Vital statistics of India. Vol. V, Reports of 1876 on armies & jails and on epidemic cholera
Year: 1876
Disease focus: Cholera
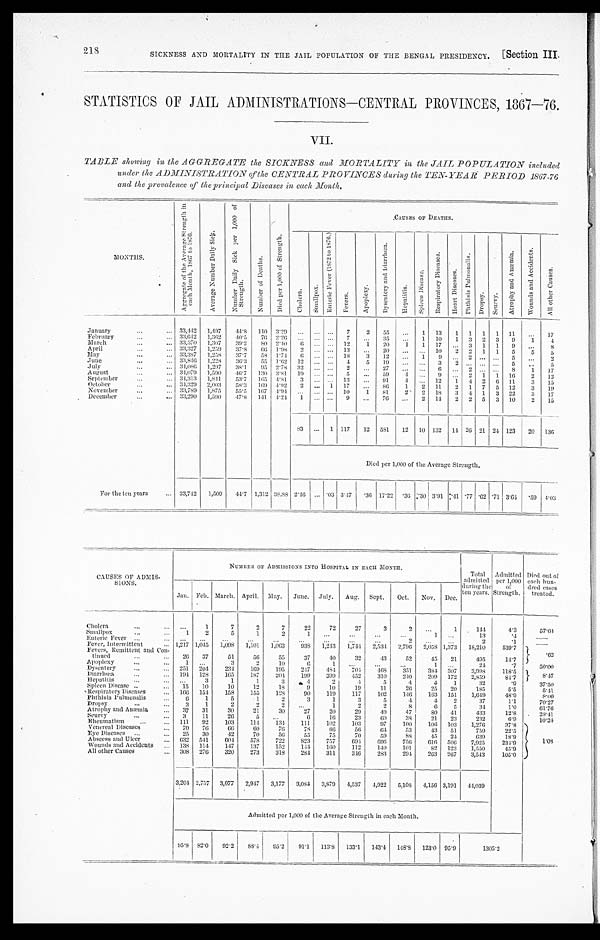
SICKNESS AND MORTALITY IN THE JAIL POPULATION OF THE BENGAL PRESIDENCY.
[Section III.
STATISTICS OF JAIL ADMINISTRATIONS—CENTRAL PROVINCES, 1867-76.
VII.
TABLE showing in the AGGREGATE the SICKNESS and MORTALITY in the JAIL POPULATION included
under the ADMINISTRATION- of the CENTRAL PROVINCES during the TEN- YEAR PERIOD 1867-76
and the prevalence of the principal Diseases in each Month,
MONTHS.
A g g r e g a t e o f t h e A v e r a g e S t r e n g t h i n e a c h M o n t h , 1 8 6 7 t o 1 8 7 6 .
A v e r a g e N u m b e r D a i l y S i c k .
N u m b e r D a i l y S i c k p e r 1 , 0 0 0 o f S t r e n g t h .
N u m b e r o f D e a t h s .
D i e d p e r 1 , 0 0 0 o f S t e r n g t h .
CAUSES OF DEATHS.
C h o l e r a .
S ma l l p o x .
E n t e r i c F e v e r ( 1 8 7 2 t o 1 8 7 6 )
F e v e r s .
A p o p l e x y .
D y s e n t e r y a n d L i a r r h œ a .
H e p a t i t i s .
S p l e e n D i s e a s e s .
R e s p i r a t o r y D i s e a s e s .
H e a r t D i s e a s e s . P h t h i s i s P u l m o n a l i s .
D r o p s y .
S c u r v y .
A t r o p h y a n d A n æ m i a .
W o u n d s a n d A c c i d e n t s .
A l l o t h e r C a u s e s .
January
...
... 33,442 1,497
4 4 . 8 110 3.29 ... ...
...
7
2
55
...
1 13
1 1 1 1 11
...
17
February
... ...
33,642 1,362
40.5
76 2.26
...
... ...
7
...
35
...
1 10
1 3 2 3
9
1
4
March
...
... 33,370 1,307
39.2
80 2.40
6
... ... 12
1
20
1
1 17 ... 3 1 1
9
...
8
April
...
... 33,327 1,259
37.8
66 1.98
2
...
... 13
...
20
...
... 10
2 2 1 1
5
5
5
May
...
... 33,387 1,258
37.7
58 1.74
6 ...
...
1 8
3
12
...
1
9
...
2
... ...
5
...
2
June
...
...
33,846 1,228
36.3
55 1.62 12
... ...
4
5
19
...
...
3
2
... ... ...
5
...
5
July
... ...
34,086
1,297
38.1
9 5 2.78
3 2 ...
...
2
...
27
... ...
6
...
2
... ...
8
1
17
August
...
... 34,079
1,500
46.7 130 3.81 19
...
...
5
...
59
4
...
9 ... 2 1 1 16
2
12
September
... ...
34,313 1,841
53.7 165 4.81
3
... ...
13
...
91
4 ... 12
1 4 2
6 11
3
15
October
... ...
34,329 2,003
58.3
1 6 9 4.92
2 ... 1
17
...
86
1
2 11
2 1 7 5 12
3
19
November
...
...
33,789 1,875
55.5
1 6 7 4.94 ...
...
... 10
1
81
2
2
18
3
4 1 3 22
3
17
December
... ...
33,290 1,590
47.8
141 4.24
1
... ...
9 ...
76
...
2 14
2 2 5 3 10
2
15
83 ... 1 117
12 581
12 10 132 14 26 21 24 123
20 136
Died per 1,000 of the Average Strength.
For the ten years
...
33,742
1,509
4 4 . 7 1,312 38.88 2.46 ... .03 3.47
. 3 6 17.22
. 36 .30 3.91 .41 .77 .62 .71 3.64 .59 4.03
CAUSES OF ADMIS--
SIONS.
NUMBER OF ADMISSIONS INTO HOSPITAL IN EACH MONTH.
Total
admitted
during the
ten years.
Admitted
per 1,000
of
Strength,
Died nut of
each hun-
dred eases
treated.
Jan. Feb. March. April.
May.
June.
July.
Aug.
Sept.
Oct.
Nov.
Dec.
Cholera.
... ...
...
1
7
2
7
22
72
27
3
2
...
1
1 4 4
4 . 3
57.64
Smallpox
... ...
1
2
5
1
2
1
...
...
...
...
1
...
13
.4
... ...
Enteric Fever...
... ...
...
...
...
...
...
...
...
...
2
...
...
2
. 1
... ...
Fever, Intermitten t
...
...
1,217 1,045
1,098
1,101
1,063
938 1,243
1,744
2,534 2,796
2,058 1,373
18,210
539.7
. 6 2
Fevers, Remittent and con-
tinned
...
...
26
37
51
56
55
37
40
32
43
52
45
21
495
14.7
Apoplexy
... ...
1
...
3
2
10
6
1
...
...
...
1
...
24
.7
50.00
Dysentery
...
... 251 204
234
169
195
247
484
704
468
351
384 307
3,998
118.5
8.47
Diarrhœa
...
... 194 128
1 6 5
187
2 0 4 199
399
452
310
240
209
172
2,859
84.7
Hepatitis
...
... ...
3
1
1
3
4
2
4
5
4
4
1
32
.9
37.50
Spleen Disease
...
...
15
10
10
12
18
9
10
19
11
26
25
20
185
5.5
5.41
Respiratory Diseases
... 166 154
158
155
128
90
119
117
102
146
163 151
1,649
48.9
8.00
Phthisis Pulmonalis
...
6
1
5
1
2
3
1
3
5
4
4
2
37
1.1
70.27
Dropsy
...
...
3
1
2
2
2
...
1
2
2
8
6
5
34
1 . 0
6 1 . 7 6
Atrophy and Anæmia
...
37
31
30
21
30
27
20
29
40
47
8 0 41
433
1 2 . 8
.
2 8 . 4 1
Scurvy
...
...
3
11
26
5
...
6
16
23
60
38
21
23
232
6.9
10.34
Rheumatism
...
... 111
92
103
114
134
111
102
103
97
100
106 103
1,276
37.8
1.08
Venereal Diseases
...
70
76
6 6
60
76
78
66
56
6 4
53
43 51
759
22.5
Eye Diseases ...
...
25
30
4 2
70
56
55
75
70
59
88
45
24
639
18.9
Abscess and Ulcer
...
6 3 2 541
604
578
722
823
757
694
696
756
616 506
7,925
2 3 4 . 9
Wounds and Accidents
138 114
147
137
152
144
160
112
140
101
82 123
1,550
45.9
All other Causes
... 308 276
320
273
318
284
311
346
283
294
263 267
3,543
105.0
3,204 2,757 3,077
2,947
3,177
3,084 3,879
4,537 4,922
5,108 4,156 3,191 44,039
Admitted per 1,000 of the Average Strength in each Month.
95.8 82.0
92.2
8 8 . 4 95.2
91.1 113.8
1 3 3 . 1
143.4
1 4 8 . 8 123.0 95.9
1305.2